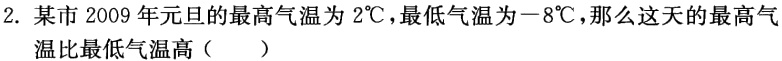
2. 某市 2009 年元旦的最高气温为 \(2^{\circ}\text{C}\)，最低气温为 \(-8^{\circ}\text{C}\)，那么这天的最高气温比最低气温高（  ）